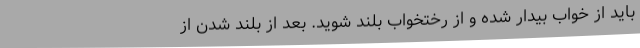
باید از خواب بیدار شده و از رختخواب بلند شوید. بعد از بلند شدن از